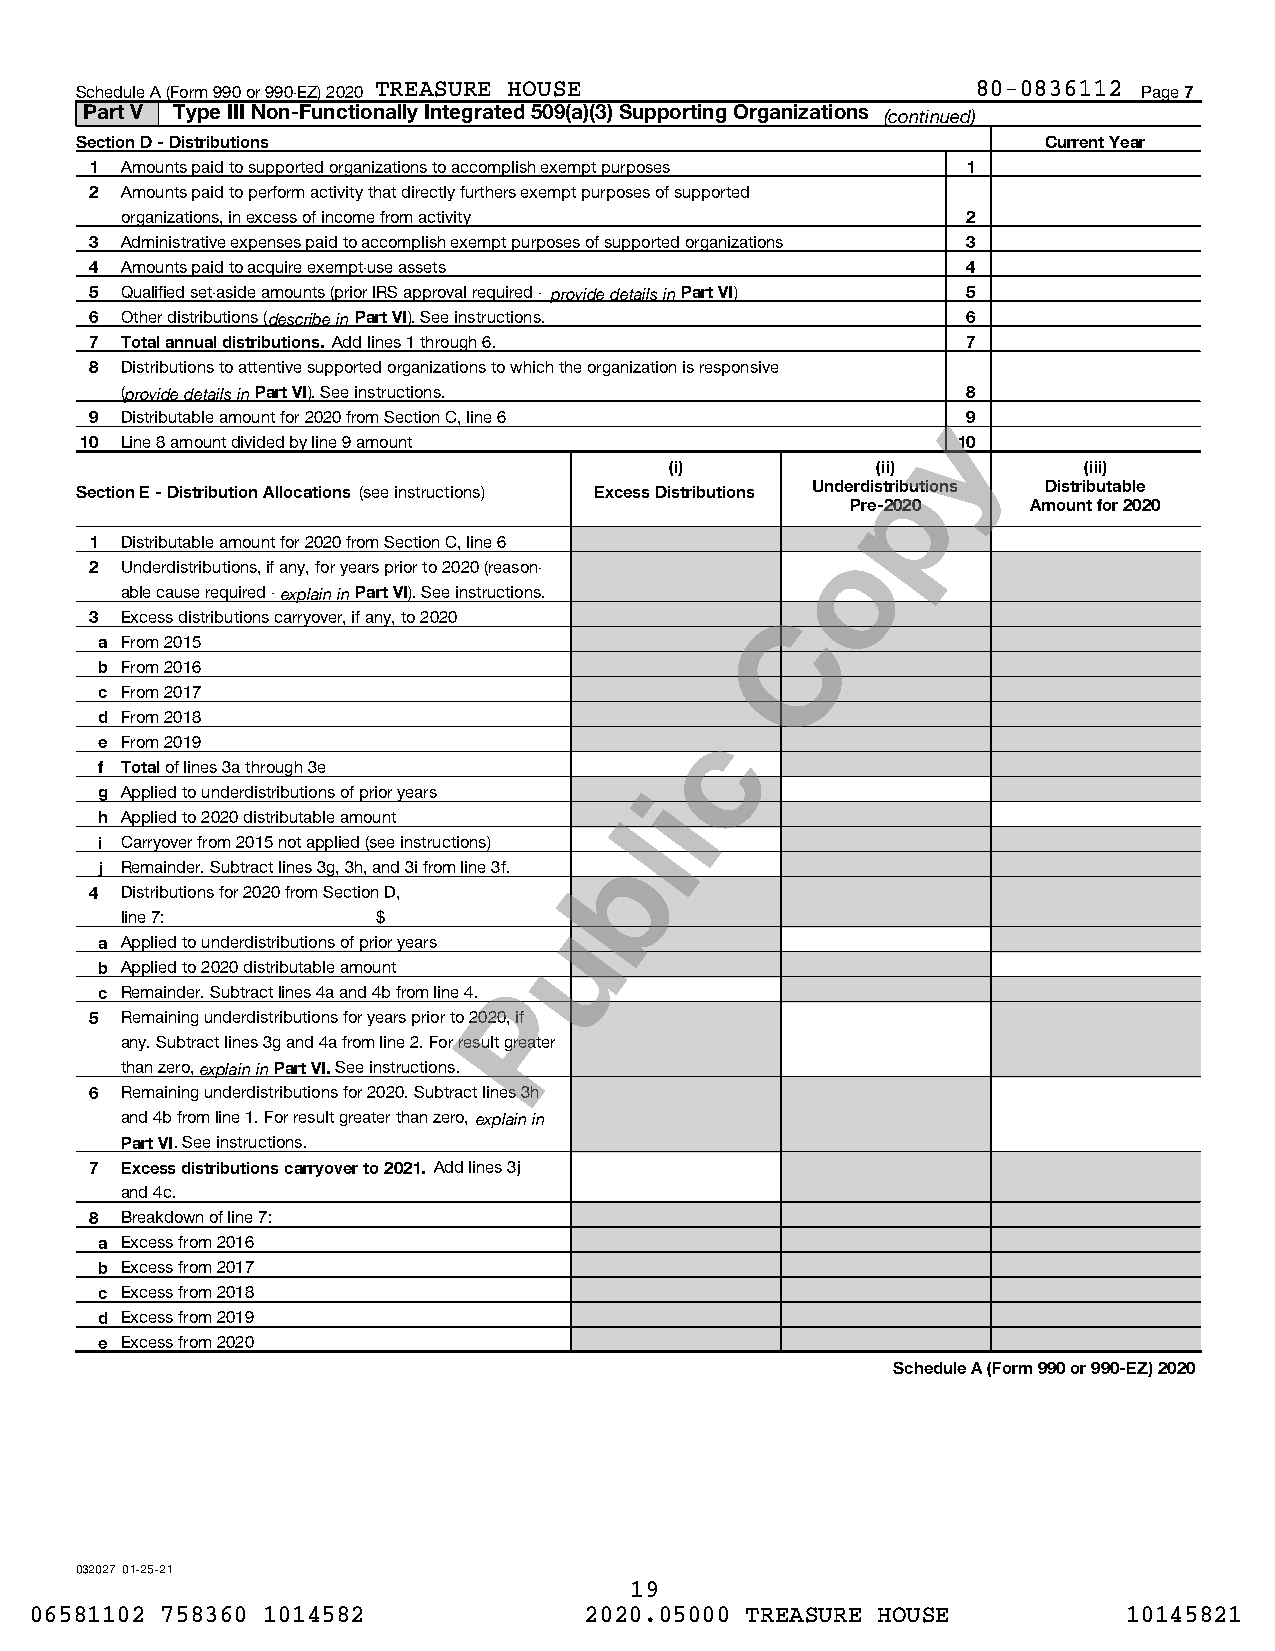
Schedule A (Form 990 or 990-EZ) 2020 TREASURE HOUSE         80-0836112 Page 7
 Part V Type III Non-Functionally Integrated 509(a)(3) Supporting Organizations (continued)
 Section D - Distributions                                       Current Year
 1 Amounts paid to supported organizations to accomplish exempt purposes 1
 2 Amounts paid to perform activity that directly furthers exempt purposes of supported
 organizations, in excess of income from activity        2
 3 Administrative expenses paid to accomplish exempt purposes of supported organizations 3
 4 Amounts paid to acquire exempt-use assets               4
 5 Qualified set-aside amounts (prior IRS approval required - provide details in Part VI) 5
 6 Other distributions (describe in Part VI). See instructions. 6
 7 Total annual distributions. Add lines 1 through 6.      7
 8 Distributions to attentive supported organizations to which the organization is responsive
 (provide details in Part VI). See instructions.         8
 9 Distributable amount for 2020 from Section C, line 6    9
 10 Line 8 amount divided by line 9 amount                 10
 (i)           (ii)          (iii)
 Section E - Distribution Allocations (see instructions) Excess Distributions Underdistributions Distributable
 Pre-2020    Amount for 2020
 1 Distributable amount for 2020 from Section C, line 6
 2 Underdistributions, if any, for years prior to 2020 (reason-
 able cause required - explain in Part VI). See instructions.
 3 Excess distributions carryover, if any, to 2020
 a From 2015
 b From 2016
 c From 2017
 d From 2018
 e From 2019
 f Total of lines 3a through 3e
 g Applied to underdistributions of prior years
 h Applied to 2020 distributable amount
 i Carryover from 2015 not applied (see instructions)
 j Remainder. Subtract lines 3g, 3h, and 3i from line 3f.
 4 Distributions for 2020 from Section D,
 line 7:          $
 a Applied to underdistributions of prior years
 b Applied to 2020 distributable amount
 c Remainder. Subtract lines 4a and 4b from line 4.
 5 Remaining underdistributions for years prior to 2020, if
 any. Subtract lines 3g and 4a from line 2. For result greater
 than zero, explain in Part VI. See instructions.
 6 Remaining underdistributions for 2020. Subtract lines 3h
 and 4b from line 1. For result greater than zero, explain in
 Part VI. See instructions.
 7 Excess distributions carryover to 2021. Add lines 3j
 and 4c.
 8 Breakdown of line 7:
 a Excess from 2016
 b Excess from 2017
 c Excess from 2018
 d Excess from 2019
 e Excess from 2020
 Schedule A (Form 990 or 990-EZ) 2020
 032027 01-25-21
 19
 06581102 758360 1014582              2020.05000 TREASURE HOUSE           10145821
 P
 u
 b
 l
 i
 c
 C
 o
 p
 y